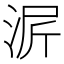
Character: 𬇳